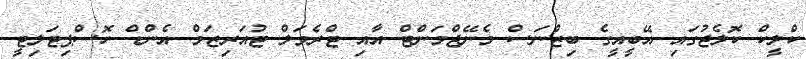
ކްލީކް ކޮލެޖުގައި އޭބީއީގެ ބިޒްނަސް މެނޭޖްމަންޓް އާއި ޓްރެވަލް ޓުއަރިޒަމް އެންޑް ހޮސްޕިޓަލިޓީ